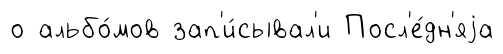
о альбо́мов зап'и́сывал'и Посл'е́дн'яjа